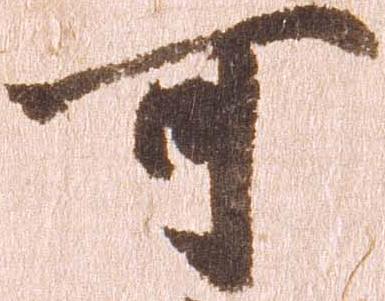
可